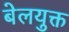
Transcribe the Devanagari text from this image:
बेलयुक्त